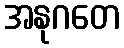
အနုဂတေ